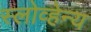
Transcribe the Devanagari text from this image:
स्लोव्हेन्य